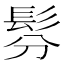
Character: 𩬉